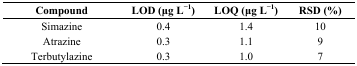
| Compound | LOD (μg L−1) | LOQ (μg L−1) | RSD (%) |
 | --- | --- | --- | --- |
 | Simazine | 0.4 | 1.4 | 10 |
 | Atrazine | 0.3 | 1.1 | 9 |
 | Terbutylazine | 0.3 | 1.0 | 7 |